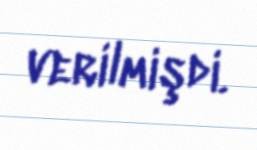
verilmişdi.